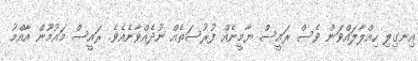
އިނގިލި ހިއްލާލައްވަން ވެސް ރައީސް ޔާމީނެއް ފުރުސަތެއް ނުދެއްވާނެއެވެ. ރައީސް މައުމޫން އާއްމު